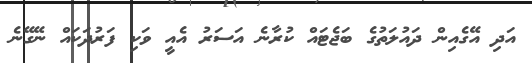
އަދި އޭގެއިން ދައުލަތުގެ ބަޖެޓައް ކުރާނެ އަސަރު އެއީ ވަކި ފަރުދަކައް ނޭގޭނެ